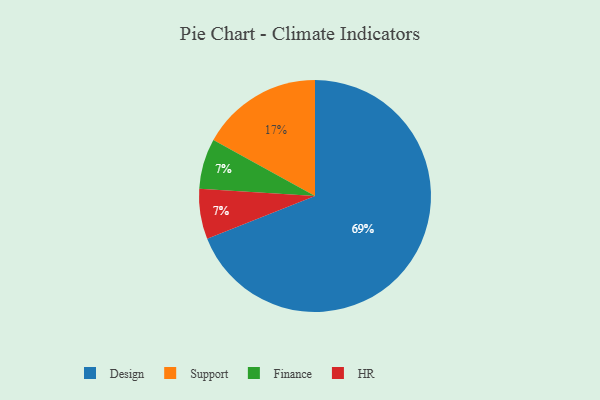
{"axis": {"x": "Category", "y": "Percentage"}, "legend": ["Design", "Finance", "HR", "Support"], "data": [{"x": "Finance", "y": 7, "type": "Finance"}, {"x": "HR", "y": 7, "type": "HR"}, {"x": "Design", "y": 69, "type": "Design"}, {"x": "Support", "y": 17, "type": "Support"}]}